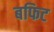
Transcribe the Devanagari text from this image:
बफिट